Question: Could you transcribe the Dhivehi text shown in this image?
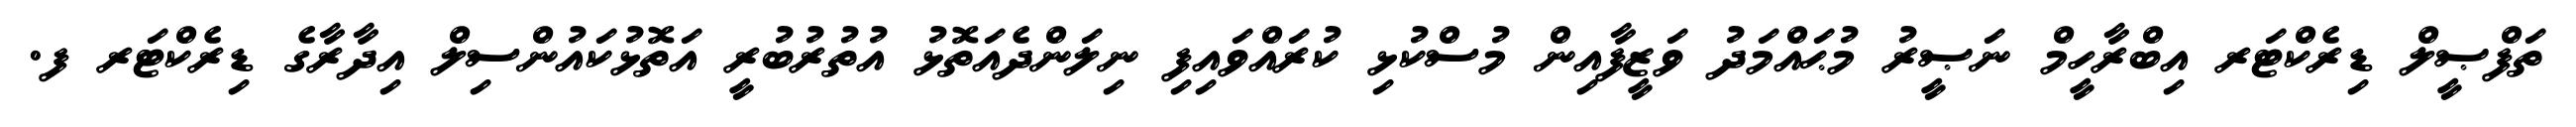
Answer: ތަފްޞީލް ޑިރެކްޓަރ އިބްރާހީމް ނަޞީރު މުޙައްމަދު ވަޒީފާއިން މުސްކުޅި ކުރައްވައިފި ނިލަންދެއަތޮޅު އުތުރުބުރީ އަތޮޅުކައުންސިލް އިދާރާގެ ޑިރެކްޓަރ ފ.